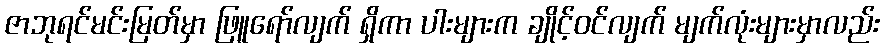
ဇာဘုရင်မင်းမြတ်မှာ ဖြူရော်လျက် ရှိကာ ပါးများက ချိုင့်ဝင်လျက် မျက်လုံးများမှာလည်း